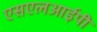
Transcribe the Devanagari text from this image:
एसएलआईपी